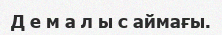
Д е м а л ы с аймағы.